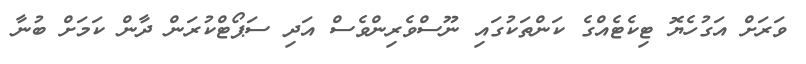
ވަރަށް އަގުހެޔޮ ޓިކެޓެއްގެ ކަންތަކުގައި ނޫސްވެރިންވެސް އަދި ސަޕޯޓްކުރަން ދާން ކަމަށް ބުނާ